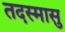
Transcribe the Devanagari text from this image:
तदस्मासु